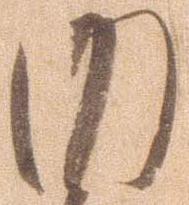
内